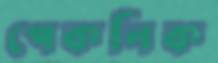
পেকনিক